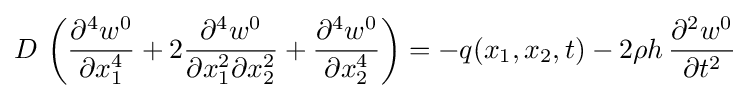
D\,\left({\frac {\partial ^{4}w^{0}}{\partial x_{1}^{4}}}+2{\frac {\partial ^{4}w^{0}}{\partial x_{1}^{2}\partial x_{2}^{2}}}+{\frac {\partial ^{4}w^{0}}{\partial x_{2}^{4}}}\right)=-q(x_{1},x_{2},t)-2\rho h\,{\frac {\partial ^{2}w^{0}}{\partial t^{2}}}